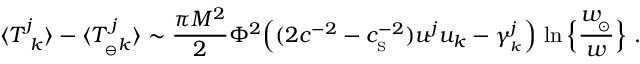
\langle { T _ { \ k } ^ { j } } \rangle - \langle T _ { _ { \ominus } k } ^ { \, j } \rangle \sim { \frac { \pi M ^ { 2 } } { 2 } } \Phi ^ { 2 } \Big ( ( 2 c ^ { - 2 } - c _ { _ \mathrm { S } } ^ { - 2 } ) u ^ { j } u _ { k } - \gamma _ { _ k } ^ { j } \Big ) \, \ln \Big \{ { \frac { w _ { \! _ { \odot } } } { w } } \Big \} \ .